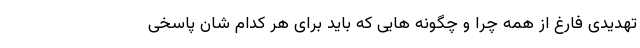
تهدیدی فارغ از همه چرا و چگونه هایی که باید برای هر کدام شان پاسخی